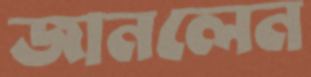
জানলেন